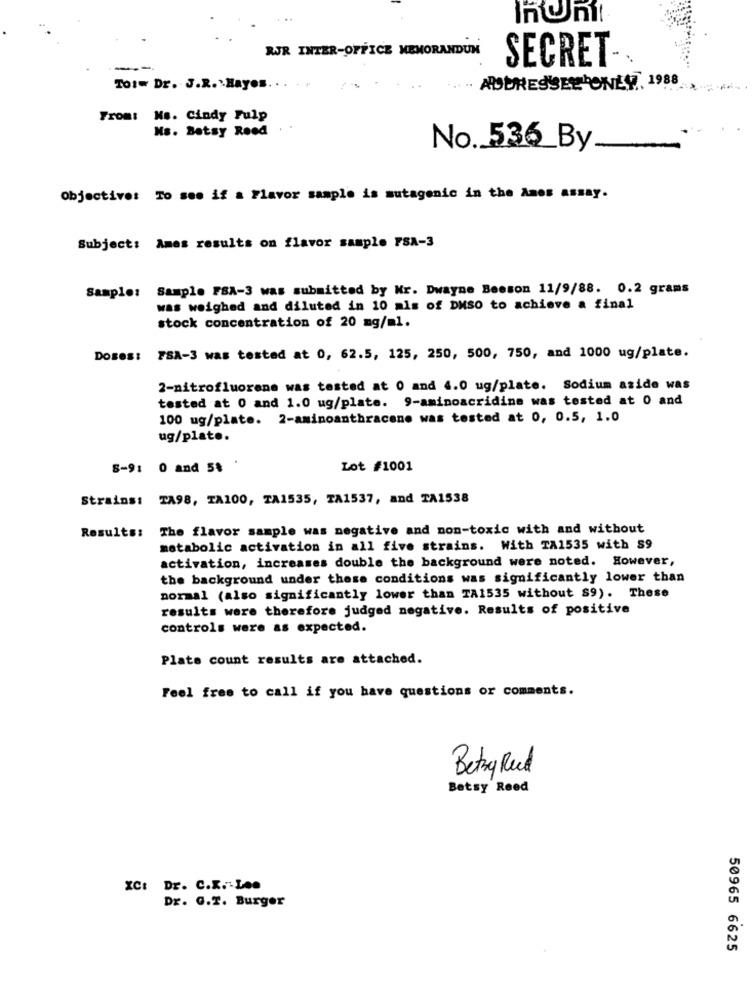
RJR INTER-OFFICE MEMORANDUM
---
SECRET -.
TOtw Dr. J.R. :. Hayes.
ADDRESSEE ONLY7, 1988
From: Ms. Cindy Fulp
Ms. Betsy Reed
No. 536_By
Objective: To see if a Flavor sample is mutagenic in the Anos assay.
Subject: Ames results on flavor sample FSA-3
Sample: Sample FSA-3 was submitted by Mr. Dwayne Beeson 11/9/88. 0.2 grams
was weighed and diluted in 10 als of DMSO to achieve a final
stock concentration of 20 mg/ml.
DOBOS: FSA-3 was tested at 0, 62.5, 125, 250, 500, 750, and 1000 ug/plate.
2-nitrofluorene was tested at 0 and 4.0 ug/plate. Sodium azide was
tested at 0 and 1.0 ug/plate. 9-aminoacridine was tested at 0 and
100 ug/plate. 2-aminoanthracene was tested at 0, 0.5, 1.0
ug/plate.
8-9: 0 and 5$ '
Lot #1001
Strains: TA98, TA100, TA1535, TA1537, and TA1538
The flavor sample was negative and non-toxic with and without
Results:
metabolic activation in all five strains. With TA1535 with S9
activation, increases double the background were noted. However,
the background under these conditions was significantly lower than
normal (also significantly lower than TA1535 without $9). These
results were therefore judged negative. Results of positive
controls were as expected.
Plats count results are attached.
Feel free to call if you have questions or comments.
Betryg Red
Betsy Reed
XC: Dr. C.K. Leo
Dr. G.2. Burger
50965 6625